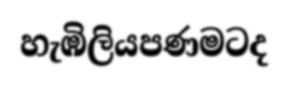
හැඹිලියපණමටද